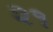
૨૧